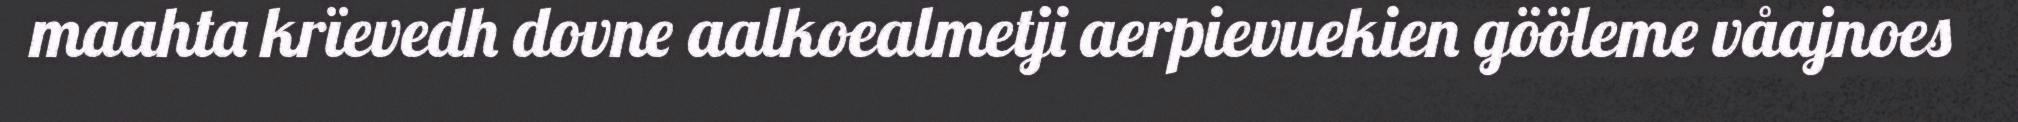
maahta krïevedh dovne aalkoealmetji aerpievuekien gööleme våajnoes